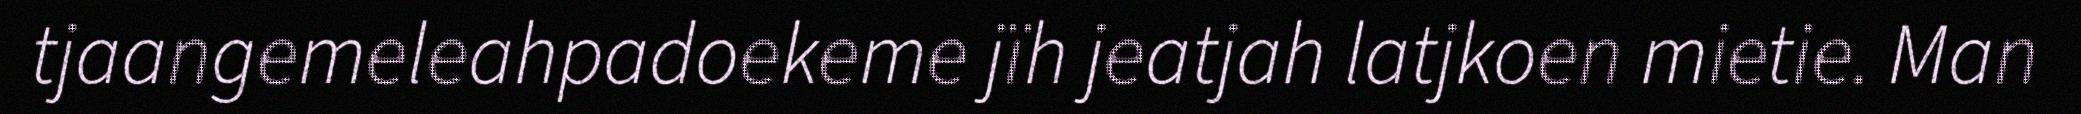
tjaangemeleahpadoekeme jïh jeatjah latjkoen mietie. Man